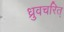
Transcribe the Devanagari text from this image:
ध्रुवचरित्